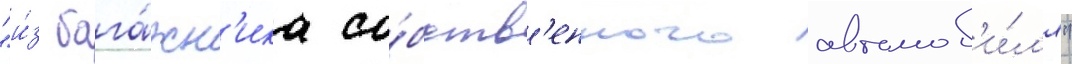
"и́з бага́жн'ика со́бств'енного автомоб'и́л'я"